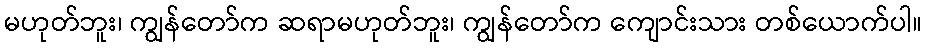
မဟုတ်ဘူး၊ ကျွန်တော်က ဆရာမဟုတ်ဘူး၊ ကျွန်တော်က ကျောင်းသား တစ်ယောက်ပါ။